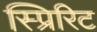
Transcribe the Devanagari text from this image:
स्प्रिरिट